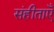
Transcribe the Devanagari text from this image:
संहीताएँ